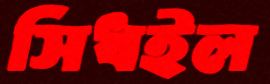
সিধইল